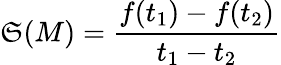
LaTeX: \mathfrak{S}(M)=\frac{{f(t_{1})-f(t_{2})}}{{t_{1}-t_{2}}}